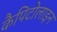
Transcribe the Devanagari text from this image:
कैपिटोलाइन